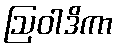
ဩဝါဒိကာ